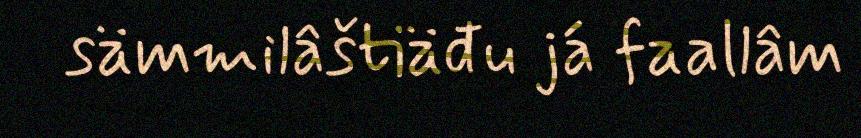
sämmilâštiäđu já faallâm